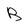
Character: B